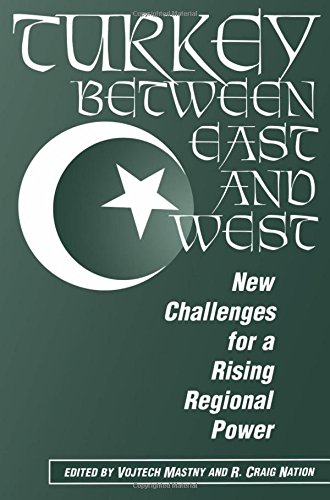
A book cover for Turkey Between East And West: New Challenges For A Rising Regional Power; Vojtech Mastny; History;